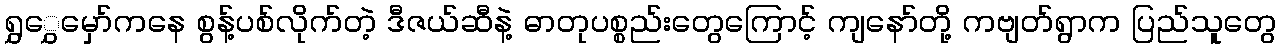
ရွှွှေမှော်ကနေ စွန့်ပစ်လိုက်တဲ့ ဒီဇယ်ဆီနဲ့ ဓာတုပစ္စည်းတွေကြောင့် ကျနော်တို့ ကဗျတ်ရွာက ပြည်သူတွေ